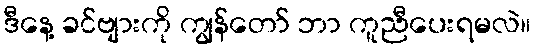
ဒီနေ့ ခင်ဗျားကို ကျွန်တော် ဘာ ကူညီပေးရမလဲ။